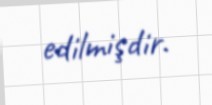
edilmişdir.